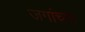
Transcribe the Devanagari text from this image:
जगांच्या